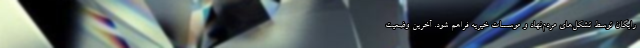
رایگان توسط تشکل‌های مردم‌نهاد و موسسات خیریه فراهم شود. آخرین وضعیت